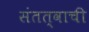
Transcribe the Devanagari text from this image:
संतत्वाची